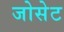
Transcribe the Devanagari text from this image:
जोसेट